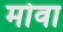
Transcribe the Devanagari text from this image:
मोवा